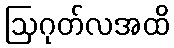
ဩဂုတ်လအထိ